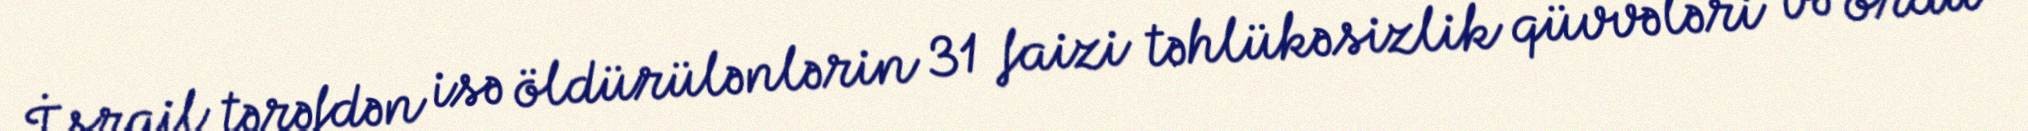
İsrail tərəfdən isə öldürülənlərin 31 faizi təhlükəsizlik qüvvələri və ordu